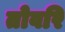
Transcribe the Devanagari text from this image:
तोवरि